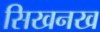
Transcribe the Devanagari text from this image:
सिखनख